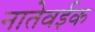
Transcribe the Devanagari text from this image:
नातेवईक